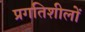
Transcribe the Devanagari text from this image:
प्रगतिशीलों